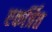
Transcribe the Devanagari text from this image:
एकर्त्रित